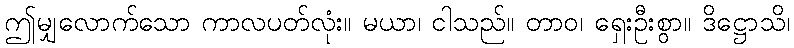
ဤမျှလောက်သော ကာလပတ်လုံး။ မယာ၊ ငါသည်။ တာဝ၊ ရှေးဦးစွာ။ ဒိဋ္ဌောသိ၊